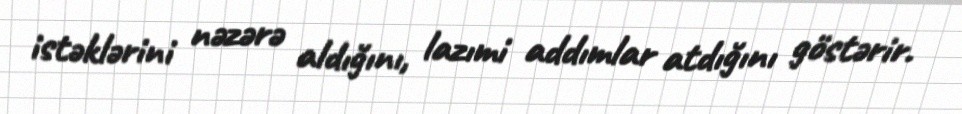
istəklərini nəzərə aldığını, lazımi addımlar atdığını göstərir.